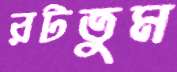
রটতুম